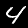
Digit: 4